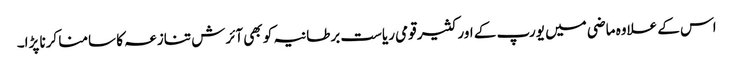
اس کے علاوہ ماضی میں یورپ کے اور کثیر قومی ریاست برطانیہ کو بھی آئرش تنازعہ کا سامنا کرنا پڑا۔